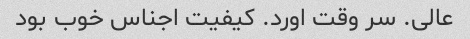
عالی. سر وقت اورد. کیفیت اجناس خوب بود